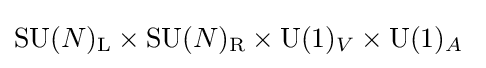
\mathrm {SU} (N)_{\text{L}}\times \mathrm {SU} (N)_{\text{R}}\times \mathrm {U} (1)_{V}\times \mathrm {U} (1)_{A}~